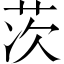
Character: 茨